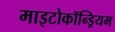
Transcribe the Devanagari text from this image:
माइटोकॉन्ड्रियम